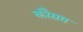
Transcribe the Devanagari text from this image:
कौसम